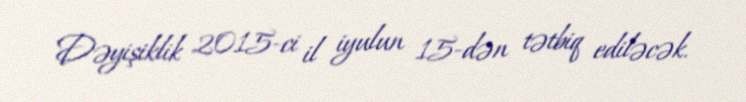
Dəyişiklik 2015-ci il iyulun 15-dən tətbiq ediləcək.